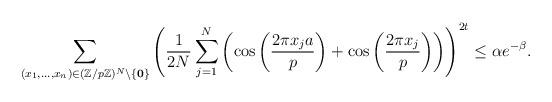
LaTeX: \begin{align*}\sum_{(x_1,\ldots, x_n) \in (\mathbb{Z}/p\mathbb{Z})^N \setminus \{\textbf{0}\}} \left( \frac{1}{2N} \sum^{N}_{j=1} \left( \cos \left(\frac{2 \pi x_ja }{p} \right) + \cos \left(\frac{2 \pi x_j }{p}\right) \right) \right)^{2t} \leq \alpha e^{-\beta}.\end{align*}